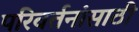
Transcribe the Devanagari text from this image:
परिवर्तनांसाठी